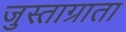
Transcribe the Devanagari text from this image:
जुस्ताग्राता